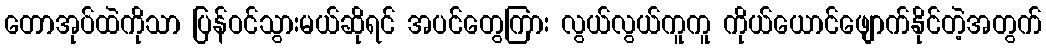
တောအုပ်ထဲကိုသာ ပြန်ဝင်သွားမယ်ဆိုရင် အပင်တွေကြား လွယ်လွယ်ကူကူ ကိုယ်ယောင်ဖျောက်နိုင်တဲ့အတွက်